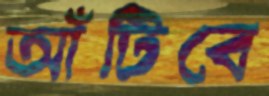
আঁটিবে